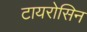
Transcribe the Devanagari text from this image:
टायरोसिन